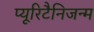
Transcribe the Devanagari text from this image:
प्यूरिटैनिजन्म